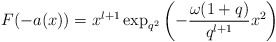
\begin{align*}F(-a(x))=x^{l+1}\exp _{q^{2}}\left( -\frac{\omega (1+q)}{q^{l+1}}x^{2}\right)\end{align*}